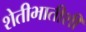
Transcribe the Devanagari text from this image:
शेतीभातीशी